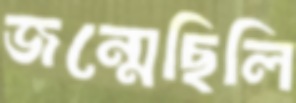
জন্মেছিলি